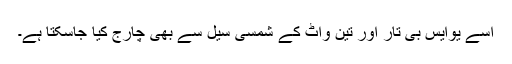
اسے یوایس بی تار اور تین واٹ کے شمسی سیل سے بھی چارج کیا جاسکتا ہے۔